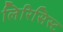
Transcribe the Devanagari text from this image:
लिरिसिस्ट